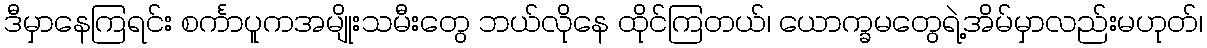
ဒီမှာနေကြရင်း စင်္ကာပူကအမျိုးသမီးတွေ ဘယ်လိုနေ ထိုင်ကြတယ်၊ ယောက္ခမတွေရဲ့အိမ်မှာလည်းမဟုတ်၊